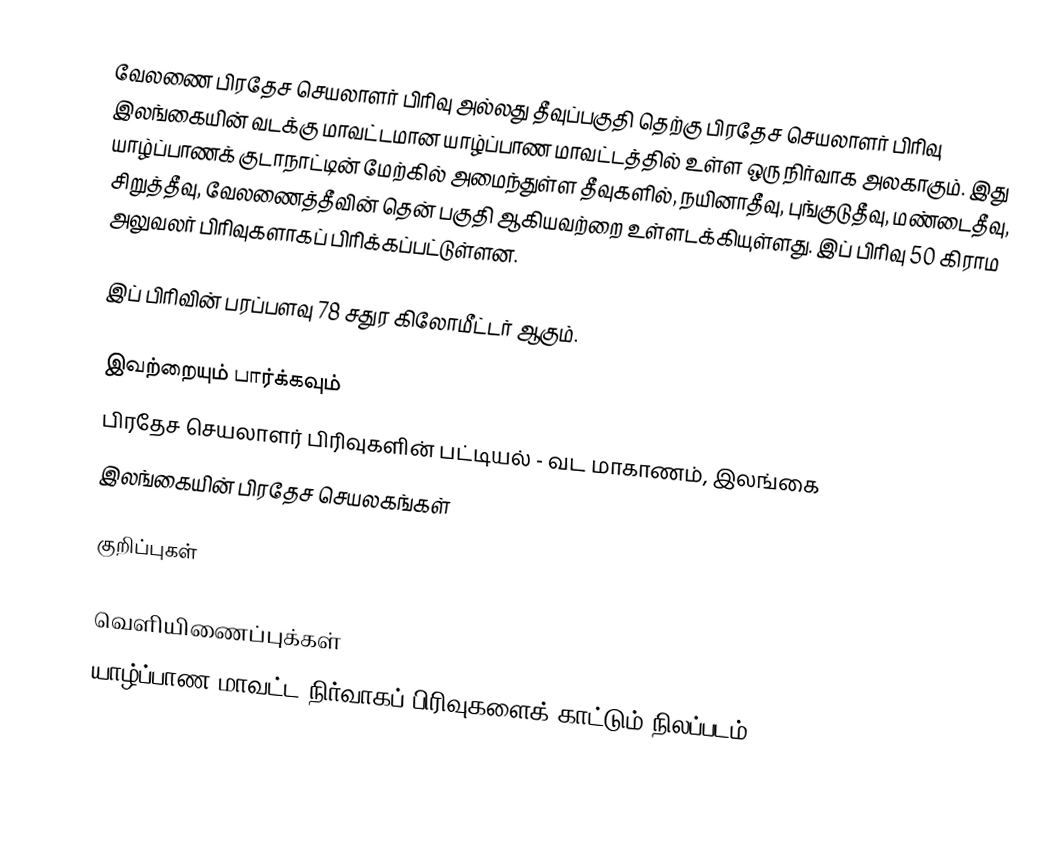
வேலணை பிரதேச செயலாளர் பிரிவு அல்லது தீவுப்பகுதி தெற்கு பிரதேச செயலாளர் பிரிவு இலங்கையின் வடக்கு மாவட்டமான யாழ்ப்பாண மாவட்டத்தில் உள்ள ஒரு நிர்வாக அலகாகும். இது யாழ்ப்பாணக் குடாநாட்டின் மேற்கில் அமைந்துள்ள தீவுகளில், நயினாதீவு, புங்குடுதீவு, மண்டைதீவு, சிறுத்தீவு, வேலணைத்தீவின் தென் பகுதி ஆகியவற்றை உள்ளடக்கியுள்ளது. இப் பிரிவு 50 கிராம அலுவலர் பிரிவுகளாகப் பிரிக்கப்பட்டுள்ளன.

இப் பிரிவின் பரப்பளவு 78 சதுர கிலோமீட்டர் ஆகும்.

இவற்றையும் பார்க்கவும்
 பிரதேச செயலாளர் பிரிவுகளின் பட்டியல் - வட மாகாணம், இலங்கை
 இலங்கையின் பிரதேச செயலகங்கள்

குறிப்புகள்

வெளியிணைப்புக்கள்
 யாழ்ப்பாண மாவட்ட நிர்வாகப் பிரிவுகளைக் காட்டும் நிலப்படம்